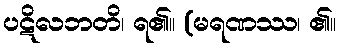
ပဋိလဘတိ၊ ရ၏။ (မရဏဿ၊ ၏။